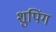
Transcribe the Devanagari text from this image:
शुपिंग